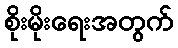
စိုးမိုးရေးအတွက်